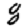
Digit: 8